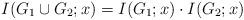
LaTeX: \begin{align*} I(G_1 \cup G_2; x) = I(G_1;x) \cdot I(G_2;x) \end{align*}